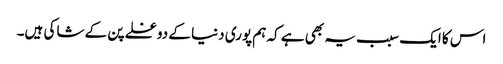
اس کا ایک سبب یہ بھی ہے کہ ہم پوری دنیا کے دوغلے پن کے شاکی ہیں۔